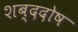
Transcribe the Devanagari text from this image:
शब्ददोष